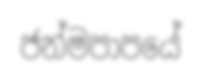
ජන්මපාපයේ